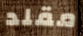
مقلد